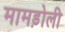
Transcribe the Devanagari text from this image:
मामड़ोली